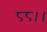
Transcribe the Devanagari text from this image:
८८।।